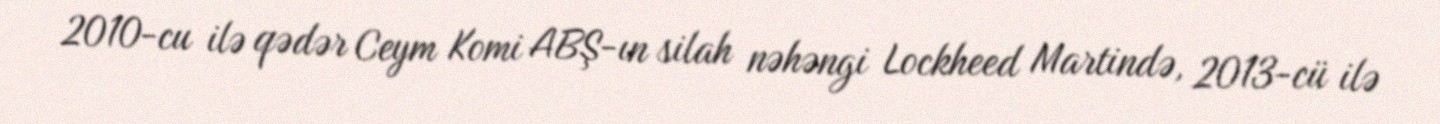
2010-cu ilə qədər Ceym Komi ABŞ-ın silah nəhəngi Lockheed Martində, 2013-cü ilə